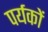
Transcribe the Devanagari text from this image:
पर्यकों